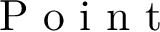
\mathrm { ~ P ~ o ~ i ~ n ~ t ~ }